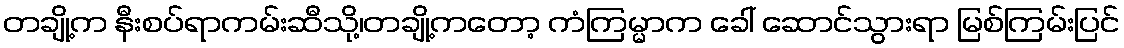
တချို့က နီးစပ်ရာကမ်းဆီသို့၊တချို့ကတော့ ကံကြမ္မာက ခေါ် ဆောင်သွားရာ မြစ်ကြမ်းပြင်